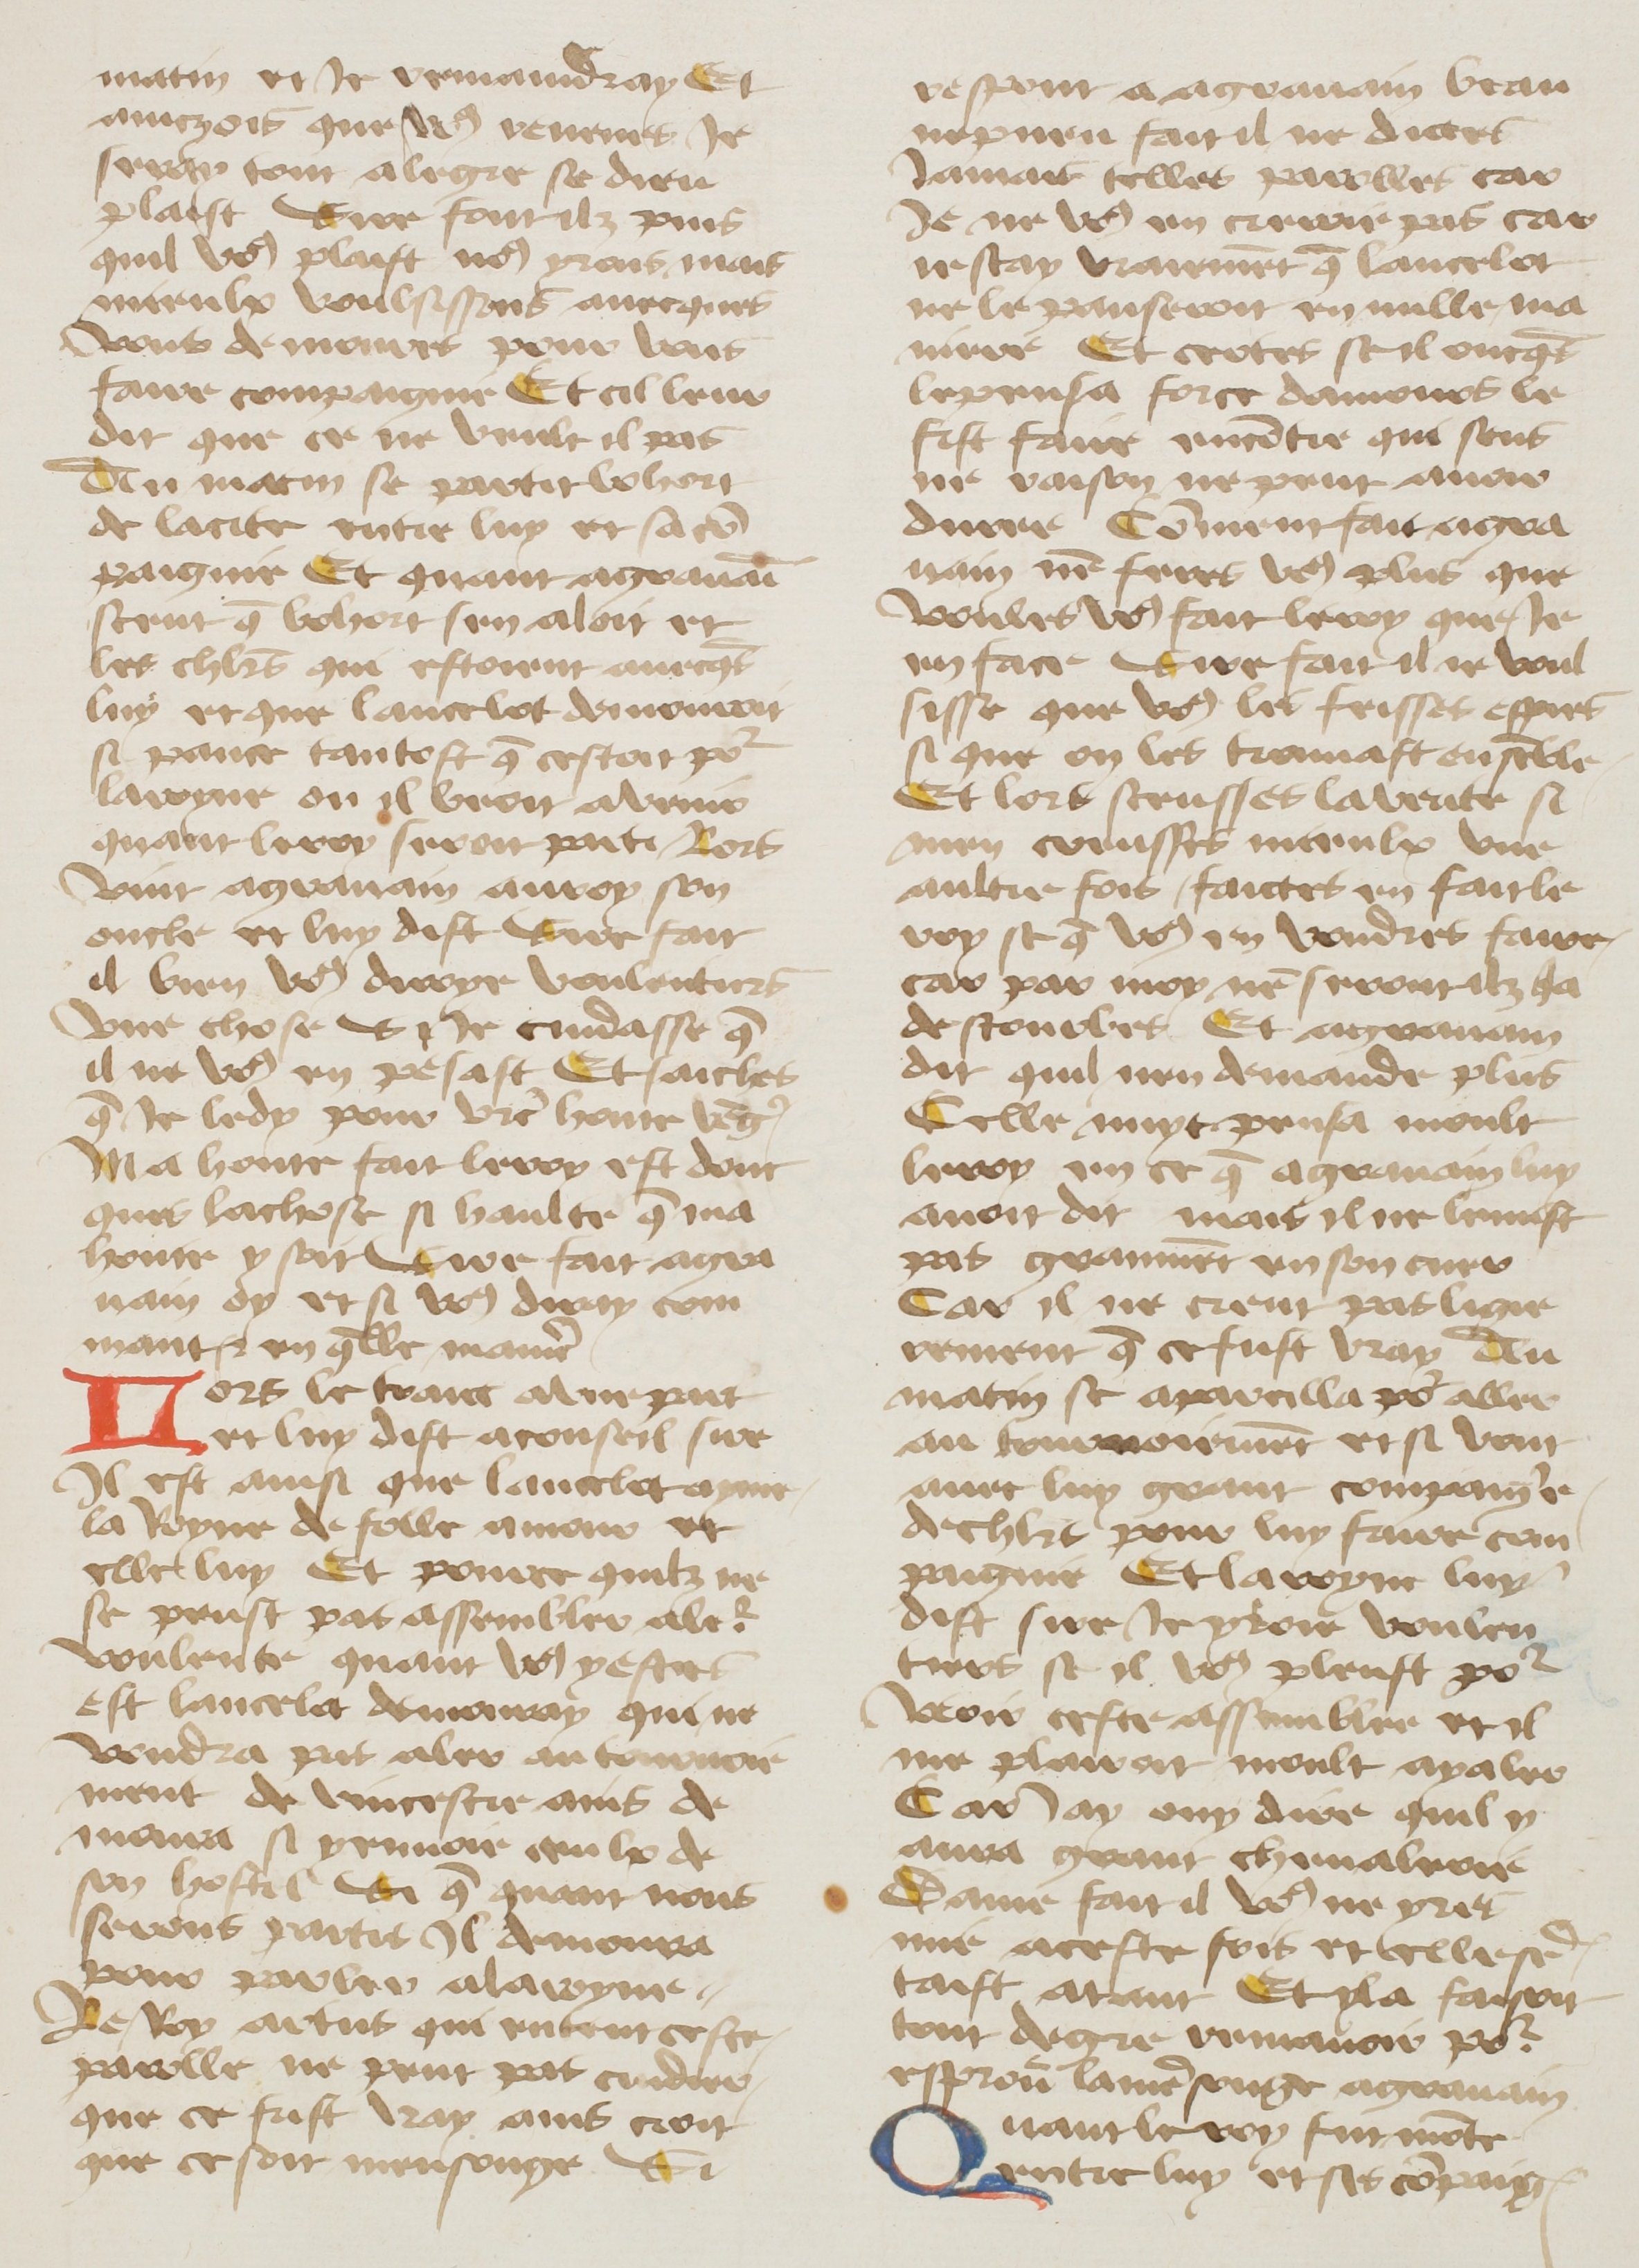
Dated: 1400–1499